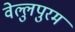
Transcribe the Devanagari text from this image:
वेल्लुपुरम